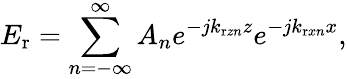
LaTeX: E_{\mathrm{r}}=\sum_{n=-\infty}^{\infty}A_{n}e^{-jk_{\mathrm{r}zn}z}e^{-jk_{\mathrm{r}xn}x},